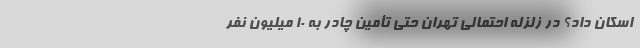
اسکان داد؟ در زلزله احتمالی تهران حتی تأمین چادر به ۱۰ میلیون نفر